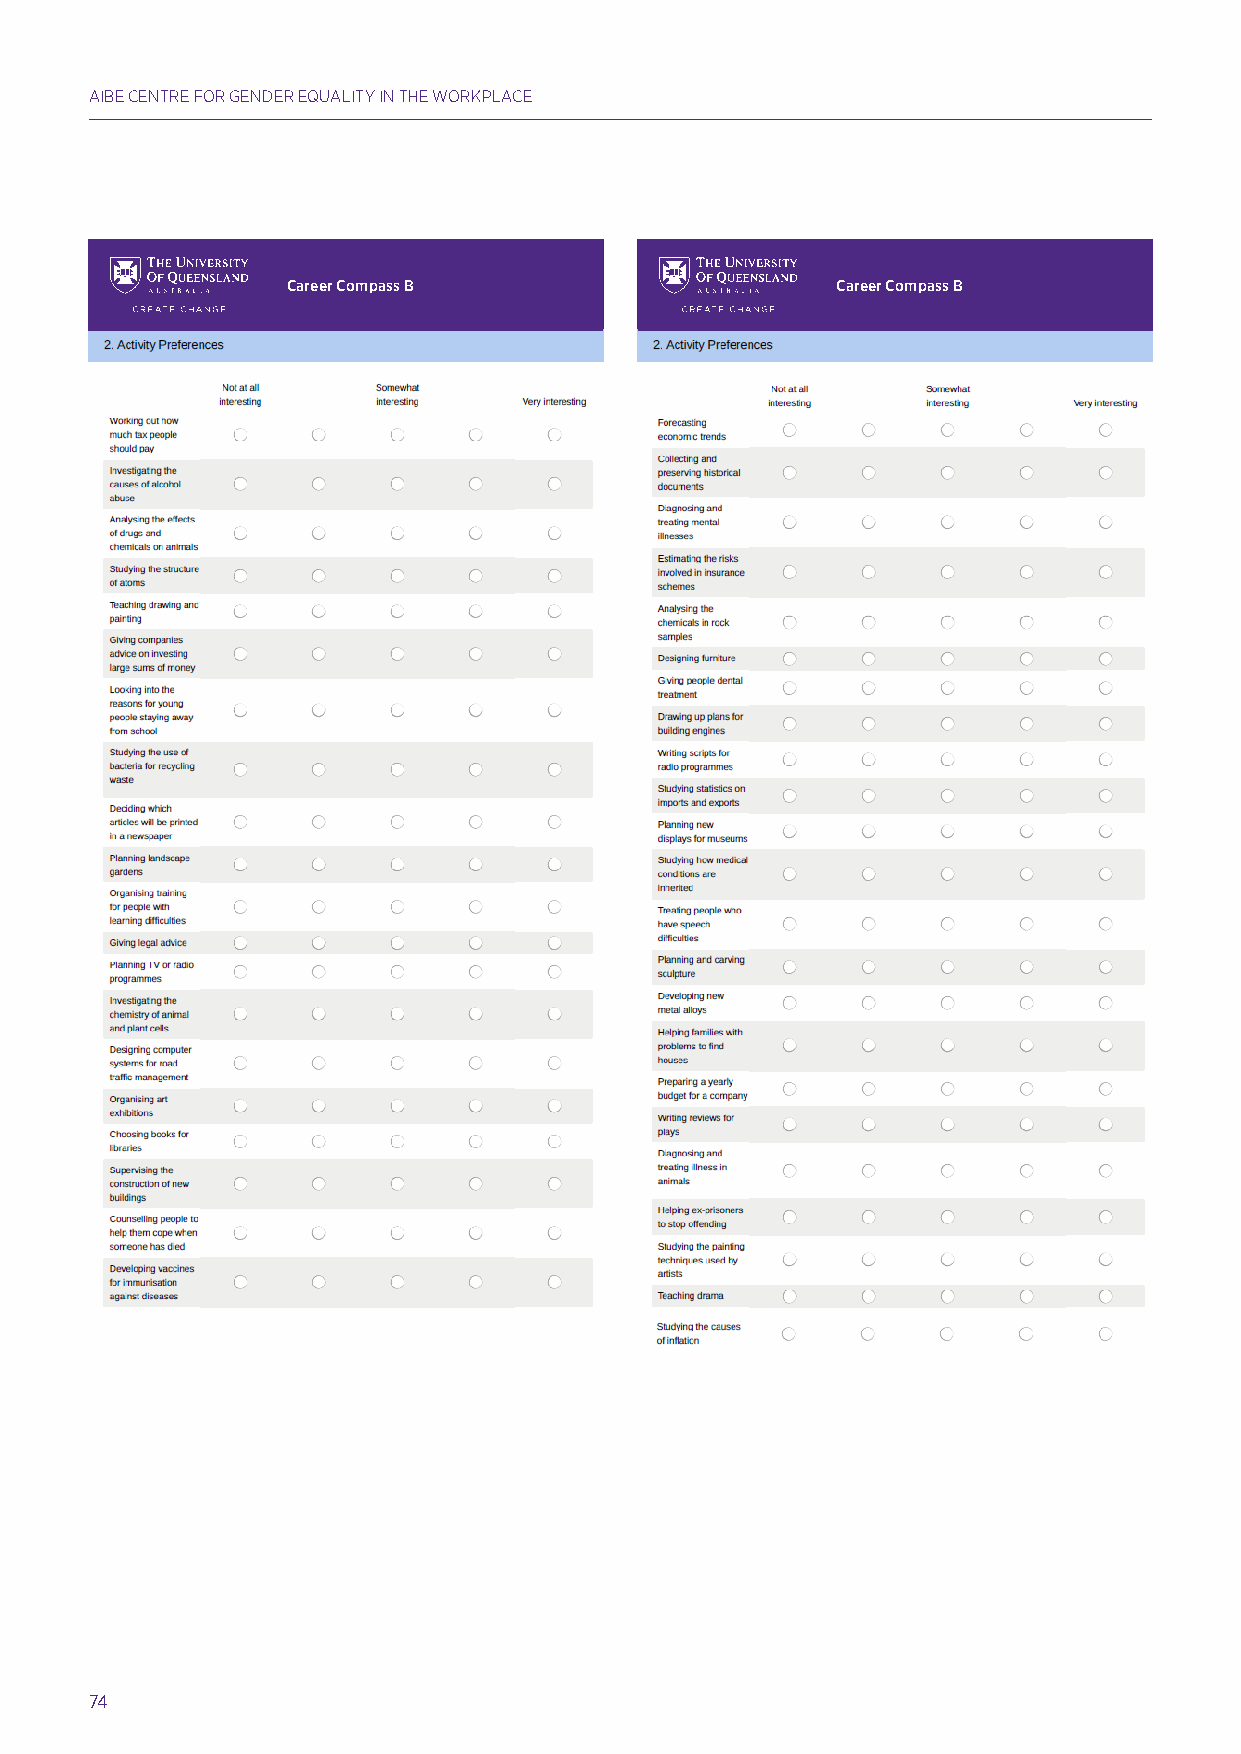
AIBE CENTRE FOR GENDER EQUALITY IN THE WORKPLACE
 Career Compass B                    Career Compass B
 Hands up for Gender Equality: A Major Study into Confidence and Career Intentions of Adolescent Girls & Boys H1a0nd2s up for Gender Equality: A Major Study into Confidence and Career Intentions of Adolescent Girls & Boys 102
 Hands up for Gender Equality: A Major Study into Confidence and Career Intentions of Adolescent Girls & Boys H1an0d6s up for Gender Equality: A Major Study into Confidence and Career Intentions of Adolescent Girls & Boys 107
 74
 Hands up for Gender Equality: A Major Study into Confidence and Career Intentions of Adolescent Girls & Boys 108